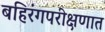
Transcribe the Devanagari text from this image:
बहिरंगपरीक्षणात